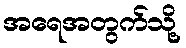
အရေအတွက်သို့